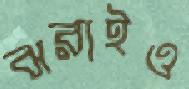
ঝরাইও